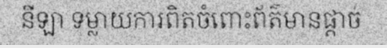
នីឡា ទម្លាយការពិតចំពោះព័ត៌មានផ្តាច់